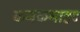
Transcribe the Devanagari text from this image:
कनकनाहट